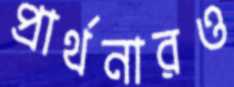
প্রার্থনারও